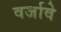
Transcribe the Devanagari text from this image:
वर्जावे